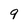
Character: 9